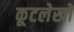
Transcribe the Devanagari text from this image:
कूटलेखों